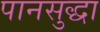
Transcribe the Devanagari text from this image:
पानसुद्धा